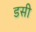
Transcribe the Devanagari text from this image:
डसी